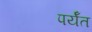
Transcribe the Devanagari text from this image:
पर्यँत